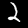
Label: 2